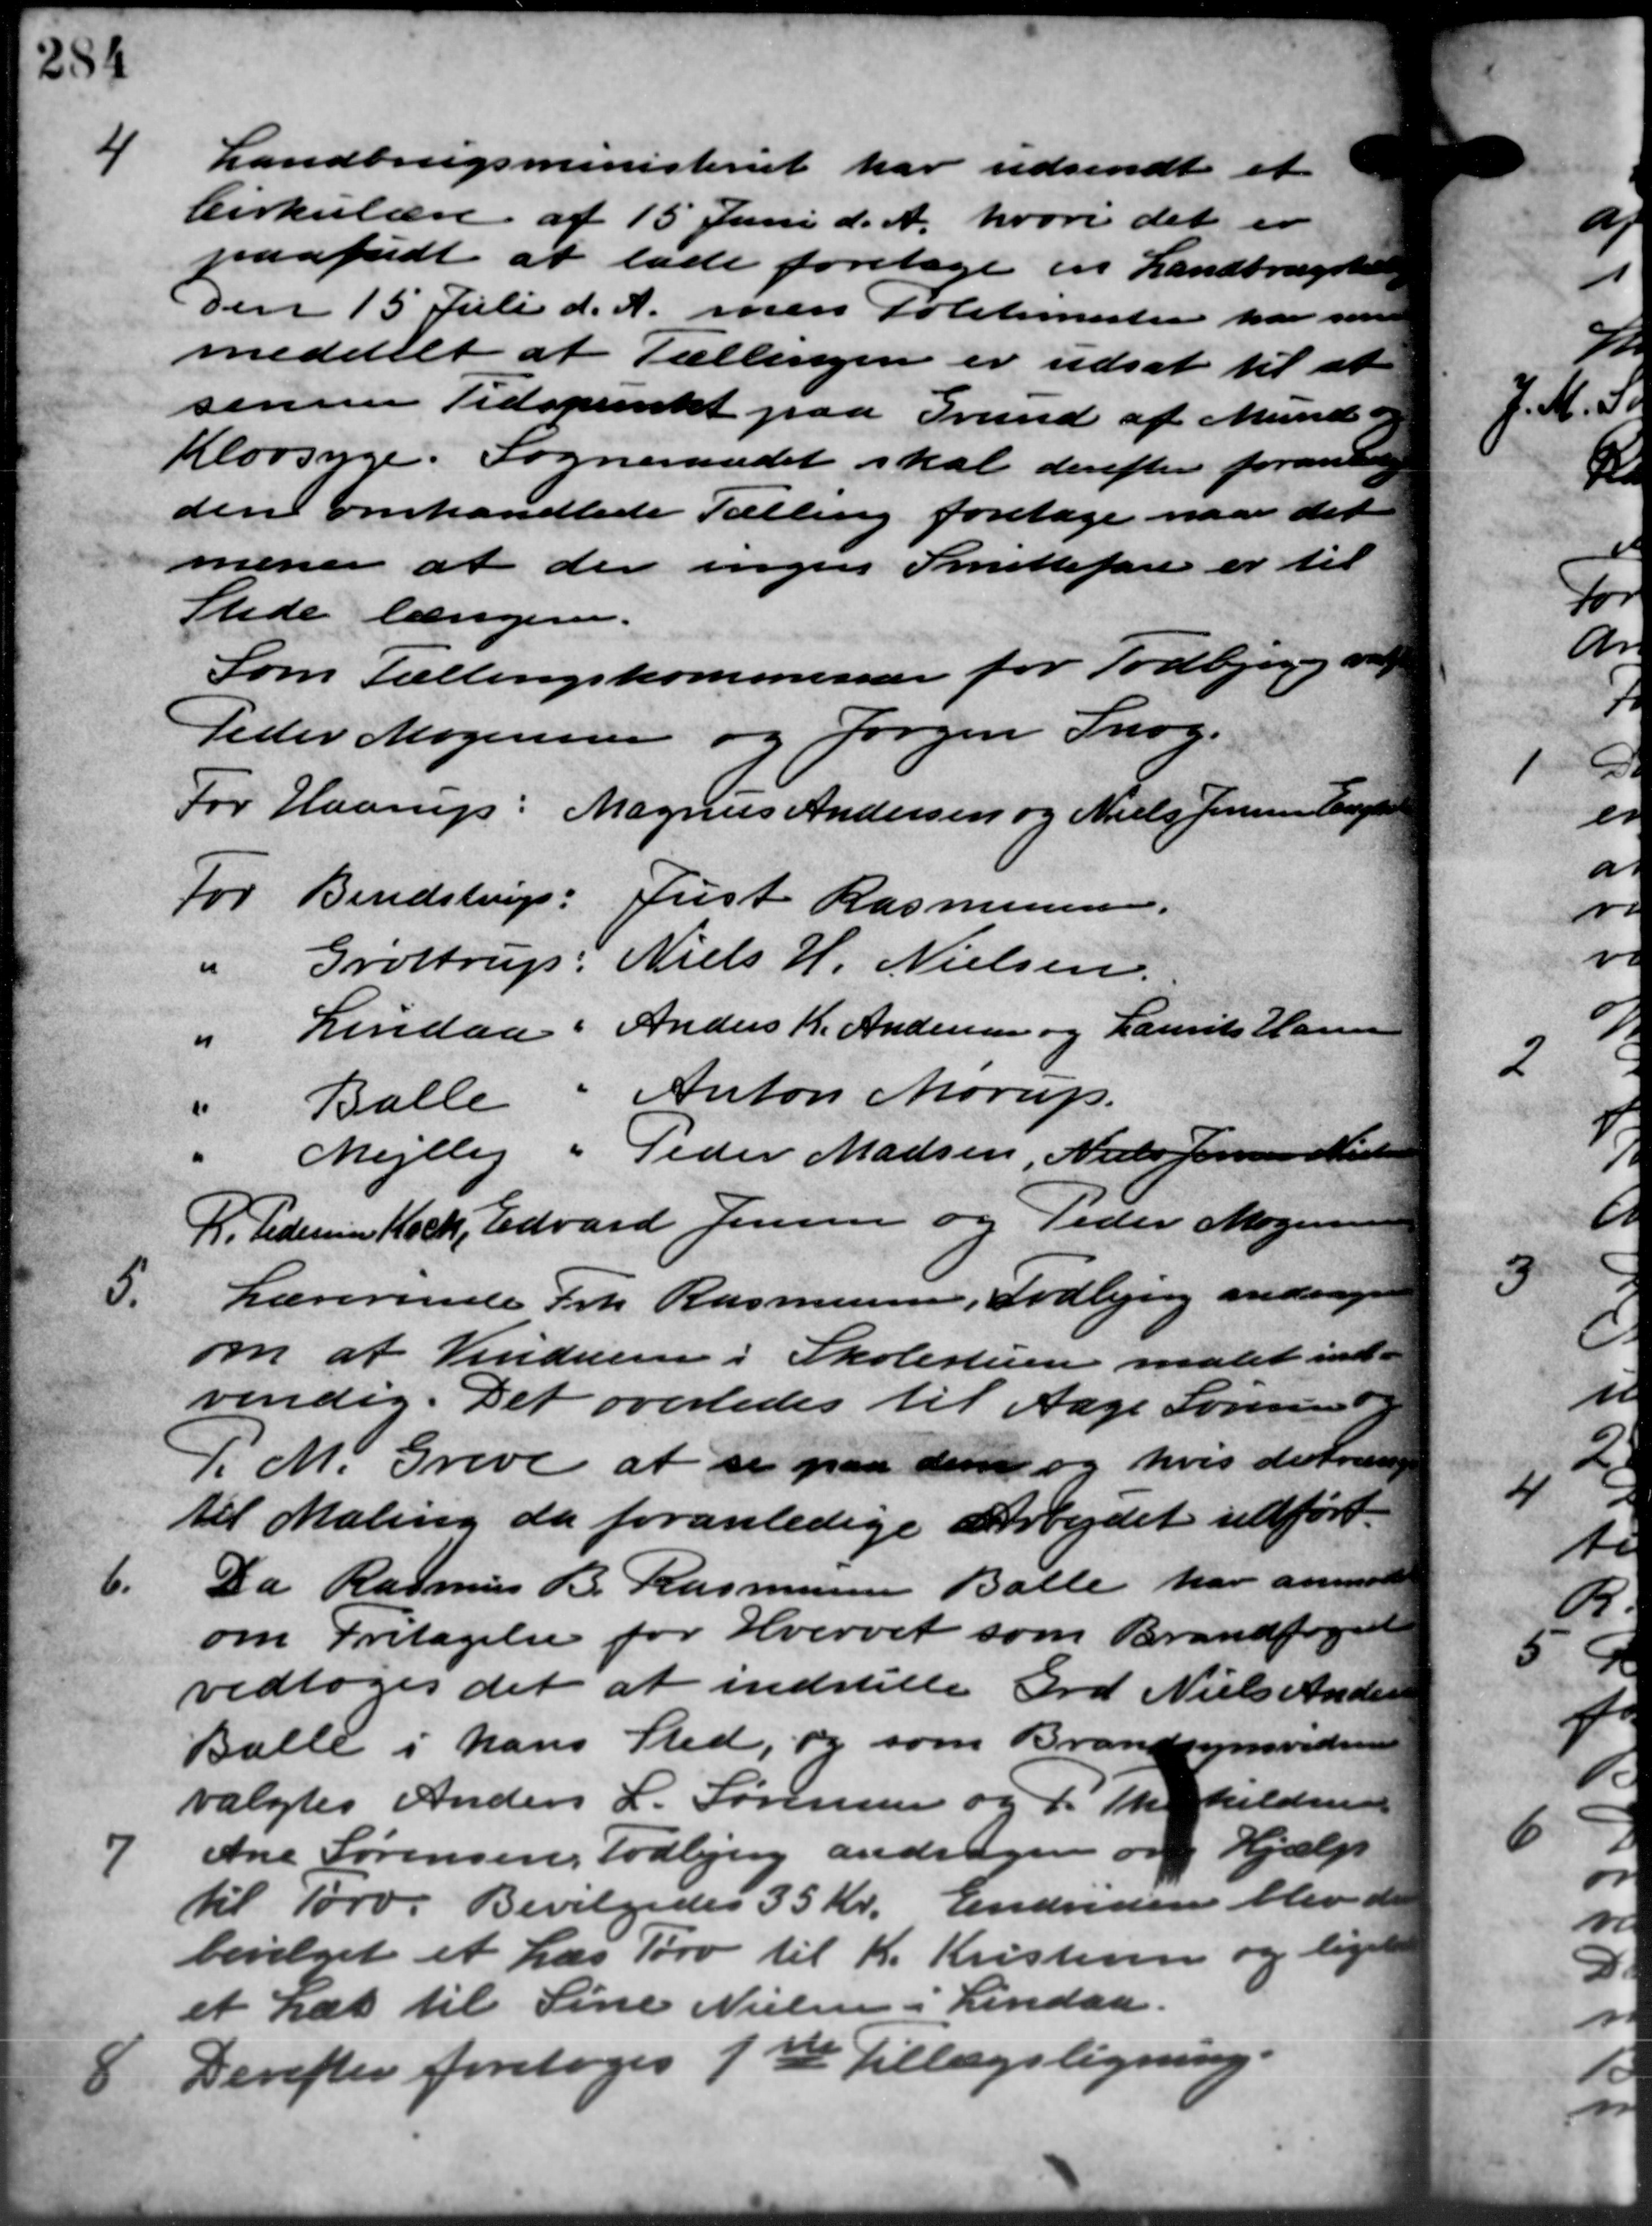
Transskription:
4
Landbrugsministeriet har udsendt et
Cirkulære af 15 Juni d. A. hvori det er
paafødt at lade foretage en Landbrugsted
den 15 Juli d. A. men Politimesterien har som
meddelt at Tællingen er udsat til at
senere Tidspunkt paa Grund af Mund og
Klovsyge. Sogneraadet skal derefter forandrag
den omhandlede Tælling foretage naar det
mener at der ingen Smittefare er til
Stede længere.
Som Tællingskommissær for Todbjerg om
Peder Mogensen og Jørgen Snog.
For Haarup: Magnus Andersen og Niels Jensen Engl
For Bendstrup: Just Rasmusssen.
" Grøttrup: Niels H. Nielsen.
" Lindaa: Anders K. Andersen og Laurits Hansen
Balle " Anton Norup.
Mejlby " Peder Madsen, Niels Jensen Nielsen
P. Pedersen Koch, Edvard Jensen og Peder Mogensen
5.
Lærerinde Frk. Rasmussen, Todbjerg anden
om at Vinduer i Skolestuen malet ind-
vendig. Det overledes til Aage Sørensen
P.M. Greve at se paa den og hvis de træng
til Maling da foranledige Arbejdet udført.
6.
Da Rasmus B. Rasmussen Balle har anmode
om Fritagelse for Hvervet som Brandfoged
vedtoges det at indstille Grd Niels Andersen
Balle i hans Sted, og som Brandsynsvidne
valgtes Anders L. Sørensen og P. Therkildsen
7
Ane Sørensen, Todbjerg andrager om Hjælp
til Tørv. Bevilgedes 35 Kr. Endvidere blev de
bevilget et Læs Tørv til K. Kristensen og ligele
et Læs til Sine Nielsen i Lindaa.
8 Derefter foretoges 1ste Tillægsligning
8 Derefter foretoges 1ste Tillægsligning